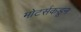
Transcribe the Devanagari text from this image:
मोटर्सकडून